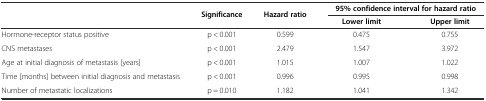
<table><thead><tr><td rowspan="2"></td><td rowspan="2"><b>Significance</b></td><td rowspan="2"><b>Hazard ratio</b></td><td colspan="2"><b>95% confidence interval for hazard ratio</b></td></tr><tr><td><b>Lower limit</b></td><td><b>Upper limit</b></td></tr></thead><tbody><tr><td>Hormone-receptor status positive</td><td>p &lt; 0.001</td><td>0.599</td><td>0.475</td><td>0.755</td></tr><tr><td>CNS metastases</td><td>p &lt; 0.001</td><td>2.479</td><td>1.547</td><td>3.972</td></tr><tr><td>Age at initial diagnosis of metastasis [years]</td><td>p &lt; 0.001</td><td>1.015</td><td>1.007</td><td>1.022</td></tr><tr><td>Time [months] between initial diagnosis and metastasis</td><td>p &lt; 0.001</td><td>0.996</td><td>0.995</td><td>0.998</td></tr><tr><td>Number of metastatic localizations</td><td>p = 0.010</td><td>1.182</td><td>1.041</td><td>1.342</td></tr></tbody></table>